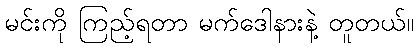
မင်းကို ကြည့်ရတာ မက်ဒေါနားနဲ့ တူတယ်။